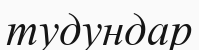
тудундар